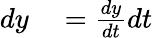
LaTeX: \begin{array}{rl}{dy}&{{}={\frac{dy}{dt}}dt}\end{array}